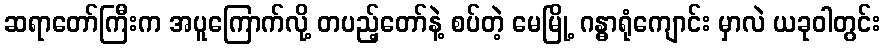
ဆရာတော်ကြီးက အပူကြောက်လို့ တပည့်တော်နဲ့ စပ်တဲ့ မေမြို့ ဂန္ဓာရုံကျောင်း မှာလဲ ယခုဝါတွင်း